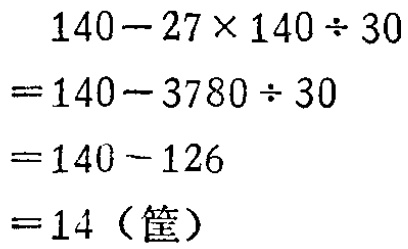
\[
\begin{align*}
&140 - 27\times140\div30\\
=&140 - 3780\div30\\
=&140 - 126\\
=&14 (\text{筐})
\end{align*}
\]